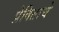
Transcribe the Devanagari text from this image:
प्रेषिताचे